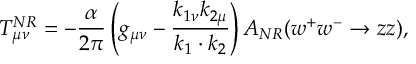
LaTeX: T _ { \mu \nu } ^ { N R } = - \frac { \alpha } { 2 \pi } \left( g _ { \mu \nu } - \frac { k _ { 1 \nu } k _ { 2 \mu } } { k _ { 1 } \cdot k _ { 2 } } \right) A _ { N R } ( w ^ { + } w ^ { - } \rightarrow z z ) ,